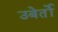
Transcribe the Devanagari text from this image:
उबेर्तो